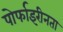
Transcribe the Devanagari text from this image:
पोर्फाइरीनता